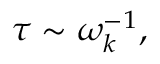
\tau \sim \omega _ { k } ^ { - 1 } ,